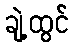
ချဲ့ထွင်